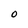
Character: O